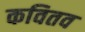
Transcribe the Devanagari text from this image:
कवितव